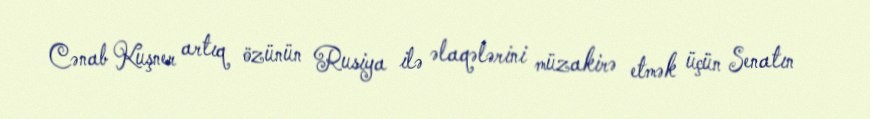
Cənab Kuşner artıq özünün Rusiya ilə əlaqələrini müzakirə etmək üçün Senatın